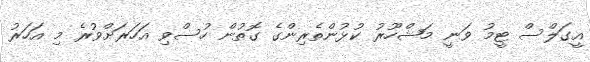
އީގަލްސް ޓީމު ވަނީ މަޝްހޫރު ކުޅުންތެރިންގެ ގޮތުން ހުސްވި އަހަރަށްވުރެ މި އަހަރު